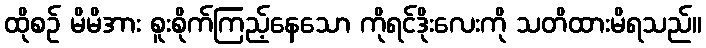
ထိုစဉ် မိမိအား စူးစိုက်ကြည့်နေသော ကိုရင်ဒိုးလေးကို သတိထားမိရသည်။